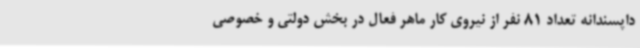
داپسندانه تعداد 81 نفر از نیروی کار ماهر فعال در بخش دولتی و خصوصی